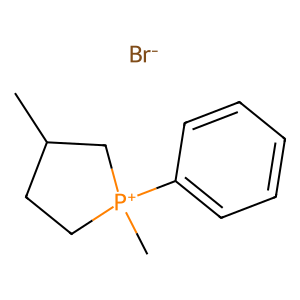
SMILES: CC1CC[P+](C)(c2ccccc2)C1.[Br-]
Inhibits HIV replication: No